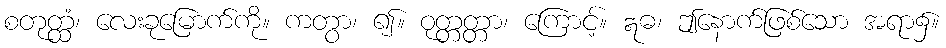
စတုတ္ထံ၊ လေးခုမြောက်ကို။ ကတွာ၊ ၍။ ဝုတ္တတ္တာ၊ ကြောင့်။ ဣဓ၊ ဤနောက်ဖြစ်သော အရာ၌။